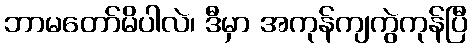
ဘာမတော်မိပါလဲ၊ ဒီမှာ အကုန်ကျကွဲကုန်ပြီ